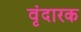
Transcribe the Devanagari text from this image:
वृंदारक